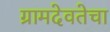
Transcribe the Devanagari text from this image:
ग्रामदेवतेचा